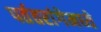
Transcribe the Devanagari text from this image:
पर्ततरांगेमध्ये